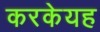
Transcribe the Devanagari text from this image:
करकेयह